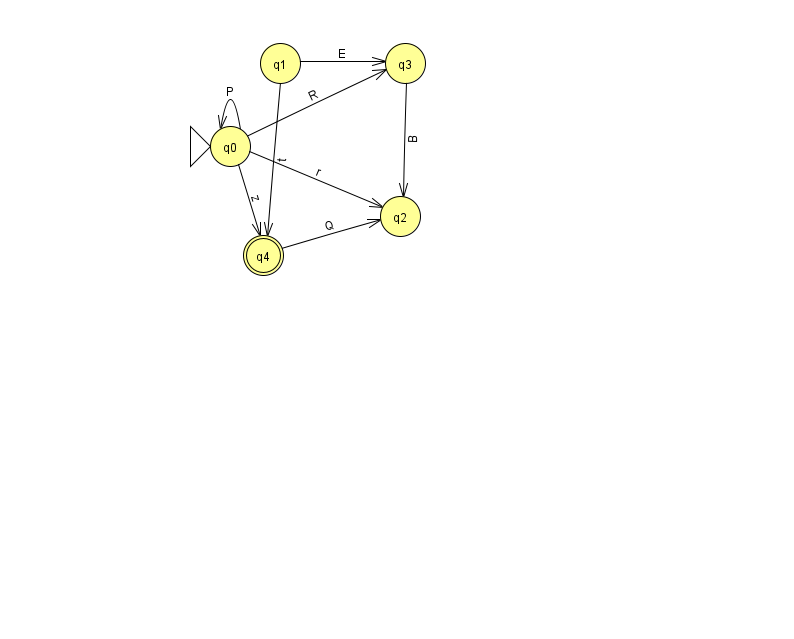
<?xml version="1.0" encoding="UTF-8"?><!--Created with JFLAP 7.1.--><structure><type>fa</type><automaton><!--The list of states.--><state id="0" name="q0"><x>230.0</x><y>133.0</y><initial/></state><state id="1" name="q1"><x>280.0</x><y>50.0</y></state><state id="2" name="q2"><x>400.0</x><y>203.0</y></state><state id="3" name="q3"><x>405.0</x><y>50.0</y></state><state id="4" name="q4"><x>263.0</x><y>242.0</y><final/></state><!--The list of transitions.--><transition><from>0</from><to>0</to><read>P</read></transition><transition><from>1</from><to>4</to><read>t</read></transition><transition><from>0</from><to>4</to><read>z</read></transition><transition><from>0</from><to>3</to><read>R</read></transition><transition><from>4</from><to>2</to><read>Q</read></transition><transition><from>3</from><to>2</to><read>B</read></transition><transition><from>1</from><to>3</to><read>E</read></transition><transition><from>0</from><to>2</to><read>r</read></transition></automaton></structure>